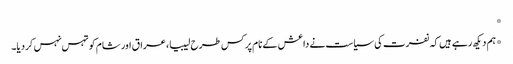
*
*ہم دیکھ رہے ہیں کہ نفرت کی سیاست نے داعش کے نام پر کس طرح لیبیا، عراق اور شام کو تہس نہس کردیا۔